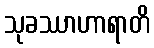
သုခဿာဟာရာတိ